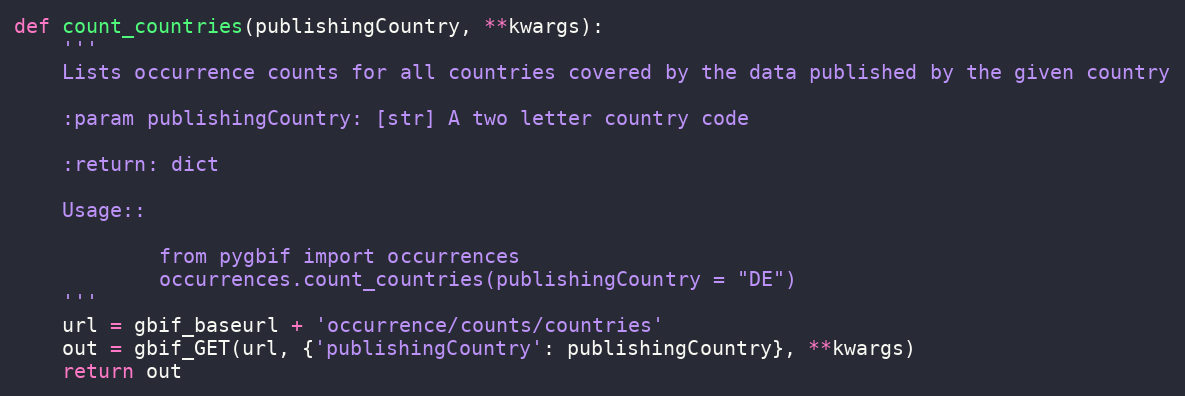
Language: Python
def count_countries(publishingCountry, **kwargs):
    '''
    Lists occurrence counts for all countries covered by the data published by the given country

    :param publishingCountry: [str] A two letter country code

    :return: dict

    Usage::

            from pygbif import occurrences
            occurrences.count_countries(publishingCountry = "DE")
    '''
    url = gbif_baseurl + 'occurrence/counts/countries'
    out = gbif_GET(url, {'publishingCountry': publishingCountry}, **kwargs)
    return out